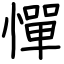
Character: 憚